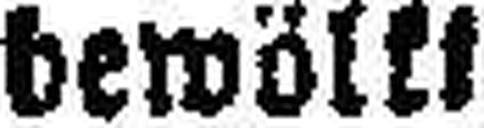
bewölkt